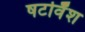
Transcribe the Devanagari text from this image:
षटविँश